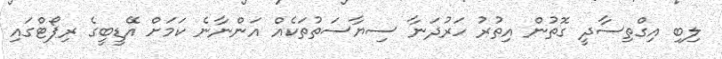
ލިބި އިގްތިސާދީ ގޮތުން އިތުރު ހަރުދަނާ ސިޔާސަތުތަކެއް އަންނާނެ ކަމަށް އޭޑީބީގެ ރިޕޯޓްގައި